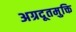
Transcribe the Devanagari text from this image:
अग्रदूतमुक्ति